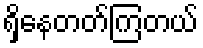
ရှိနေတတ်ကြတယ်